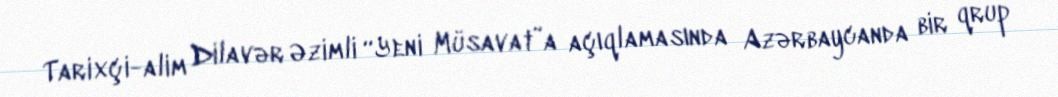
Tarixçi-alim Dilavər Əzimli “Yeni Müsavat”a açıqlamasında Azərbaycanda bir qrup